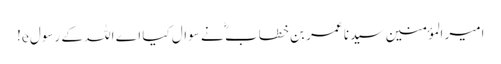
امیر المؤمنین سیدنا عمر بن خطاب ؓ نے سوال کیا اے اللہ کے رسول e!